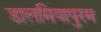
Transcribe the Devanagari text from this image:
डालमियापुरम